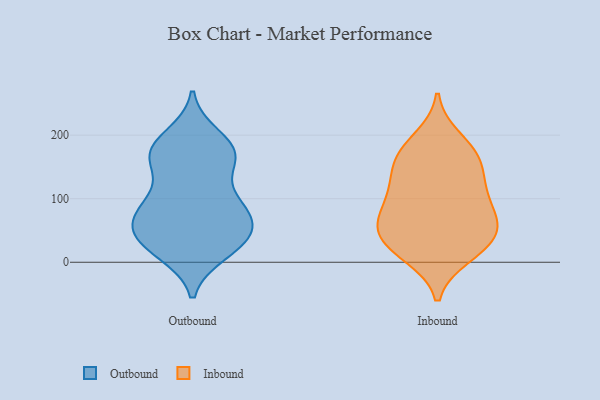
{"axis": {"x": "Population (Million)", "y": "Value"}, "legend": ["Inbound", "Outbound"], "data": [{"x": "", "y": 91, "type": "Outbound"}, {"x": "", "y": 42, "type": "Outbound"}, {"x": "", "y": 163, "type": "Outbound"}, {"x": "", "y": 54, "type": "Outbound"}, {"x": "", "y": 18, "type": "Outbound"}, {"x": "", "y": 16, "type": "Outbound"}, {"x": "", "y": 38, "type": "Outbound"}, {"x": "", "y": 183, "type": "Outbound"}, {"x": "", "y": 70, "type": "Outbound"}, {"x": "", "y": 197, "type": "Outbound"}, {"x": "", "y": 166, "type": "Outbound"}, {"x": "", "y": 33, "type": "Outbound"}, {"x": "", "y": 173, "type": "Outbound"}, {"x": "", "y": 96, "type": "Outbound"}, {"x": "", "y": 168, "type": "Outbound"}, {"x": "", "y": 163, "type": "Outbound"}, {"x": "", "y": 39, "type": "Outbound"}, {"x": "", "y": 69, "type": "Outbound"}, {"x": "", "y": 93, "type": "Outbound"}, {"x": "", "y": 90, "type": "Outbound"}, {"x": "", "y": 170, "type": "Inbound"}, {"x": "", "y": 162, "type": "Inbound"}, {"x": "", "y": 141, "type": "Inbound"}, {"x": "", "y": 23, "type": "Inbound"}, {"x": "", "y": 120, "type": "Inbound"}, {"x": "", "y": 81, "type": "Inbound"}, {"x": "", "y": 61, "type": "Inbound"}, {"x": "", "y": 41, "type": "Inbound"}, {"x": "", "y": 99, "type": "Inbound"}, {"x": "", "y": 72, "type": "Inbound"}, {"x": "", "y": 18, "type": "Inbound"}, {"x": "", "y": 117, "type": "Inbound"}, {"x": "", "y": 52, "type": "Inbound"}, {"x": "", "y": 194, "type": "Inbound"}, {"x": "", "y": 11, "type": "Inbound"}, {"x": "", "y": 171, "type": "Inbound"}, {"x": "", "y": 48, "type": "Inbound"}]}